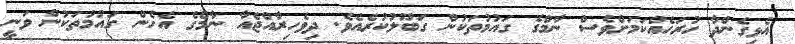
އެޅިގެންދާ ހުރަހެއްކަމަށްވެސް ނާމްގެ ގައުމުތަކުން ގަބޫލުކުރެއެވެ. ދިވެހިރާއްޖެއާ ނާމްގެ އެހެން ގައުމުތަކުން ވަނީ